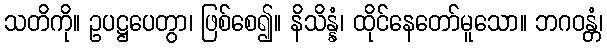
သတိကို။ ဥပဋ္ဌပေတွာ၊ ဖြစ်စေ၍။ နိသိန္နံ၊ ထိုင်နေတော်မူသော။ ဘဂဝန္တံ၊